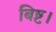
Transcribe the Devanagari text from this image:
बिष्ट।